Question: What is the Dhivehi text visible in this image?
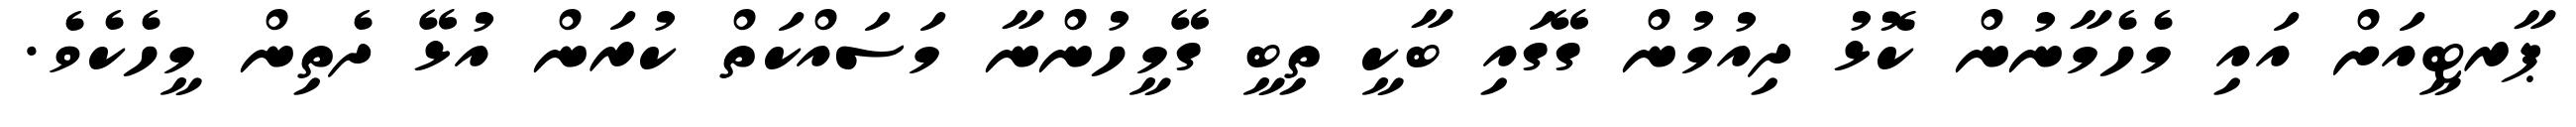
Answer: ޕާރޓީއަށް އައި މެހެމާނުން ކޮޅު ދިއުމުން ގޭގައި ބާކީ ތިބީ ގޭމީހުންނާ މަސައްކަތް ކުރަން އުޅޭ ދެތިން މީހެކެވެ.